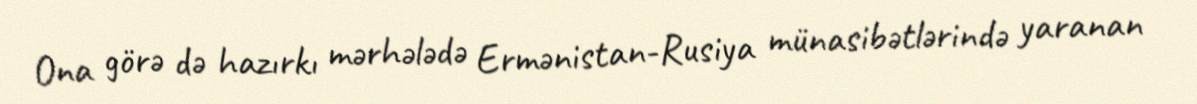
Ona görə də hazırkı mərhələdə Ermənistan-Rusiya münasibətlərində yaranan